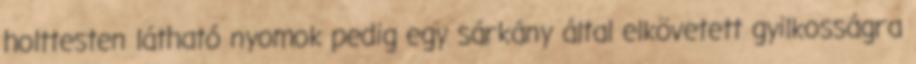
holttesten látható nyomok pedig egy sárkány által elkövetett gyilkosságra